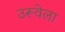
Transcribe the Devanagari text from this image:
उरूवेला